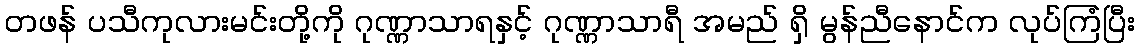
တဖန် ပသီကုလားမင်းတို့ကို ဂုဏ္ဏာသာရနှင့် ဂုဏ္ဏာသာရီ အမည် ရှိ မွန်ညီနောင်က လုပ်ကြံပြီး